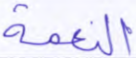
النعمة